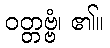
ဝတ္တဗ္ဗံ၊ ၏။